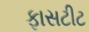
ફાસટીટ